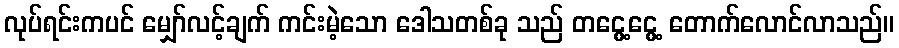
လုပ်ရင်းကပင် မျှော်လင့်ချက် ကင်းမဲ့သော ဒေါသတစ်ခု သည် တငွေ့ငွေ့ တောက်လောင်လာသည်။